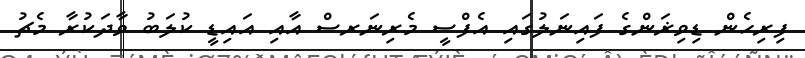
ފިރިހެން ޑިވިޜަންގެ ފައިނަލުގައި އެފްސީ މެރިނަރސް އާއި އައިޑީ ކުލަބު ވާދަކުރާ މެޗު